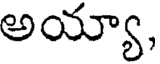
అయ్యా,